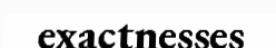
exactnesses